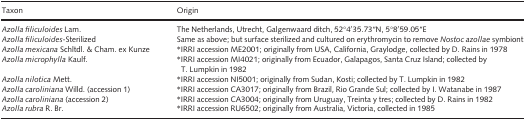
| Taxon | Origin |
 | --- | --- |
 | Azolla filiculoides Lam. | The Netherlands, Utrecht, Galgenwaard ditch, 52°4′35.73′′N, 5°8′59.05′′E |
 | Azolla filiculoides‐Sterilized | Same as above; but surface sterilized and cultured on erythromycin to remove Nostoc azollae symbiont |
 | Azolla mexicana Schltdl. & Cham. ex Kunze | aIRRI accession ME2001; originally from USA, California, Graylodge, collected by D. Rains in 1978 |
 | Azolla microphylla Kaulf. | aIRRI accession MI4021; originally from Ecuador, Galapagos, Santa Cruz Island; collected by T. Lumpkin in 1982 |
 | Azolla nilotica Mett. | aIRRI accession NI5001; originally from Sudan, Kosti; collected by T. Lumpkin in 1982 |
 | Azolla caroliniana Willd. (accession 1) | aIRRI accession CA3017; originally from Brazil, Rio Grande Sul; collected by I. Watanabe in 1987 |
 | Azolla caroliniana (accession 2) | aIRRI accession CA3004; originally from Uruguay, Treinta y tres; collected by D. Rains in 1982 |
 | Azolla rubra R. Br. | aIRRI accession RU6502; originally from Australia, Victoria, collected in 1985 |